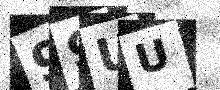
Text: 99UU